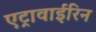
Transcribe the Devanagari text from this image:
एट्रावाईरिन